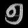
Digit: ၅